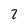
Character: 2